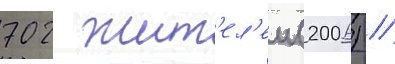
702 жит'ел'еи (2006) /